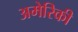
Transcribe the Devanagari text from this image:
अमेेरिकी